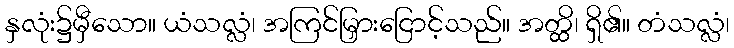
နှလုံး၌မှီသော။ ယံသလ္လံ၊ အကြင်မြှားငြောင့်သည်။ အတ္ထိ၊ ရှိ၏။ တံသလ္လံ၊